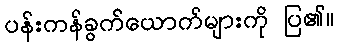
ပန်းကန်ခွက်ယောက်များကို ပြ၏။